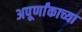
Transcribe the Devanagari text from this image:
अपूर्णांकाच्या